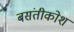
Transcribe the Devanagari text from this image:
बसंतीकोश